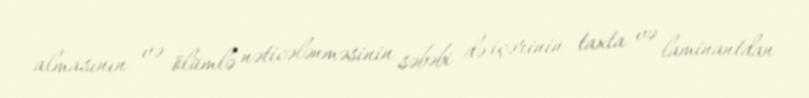
almasının və ölümlə nəticələnməsinin səbəbi də içərinin taxta və laminantdan